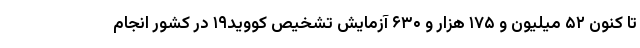
تا کنون ۵۲ میلیون و ۱۷۵ هزار و ۶۳۰ آزمایش تشخیص کووید۱۹ در کشور انجام